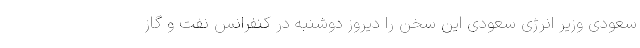
سعودی وزیر انرژی سعودی این سخن را دیروز دوشنبه در کنفرانس نفت و گاز